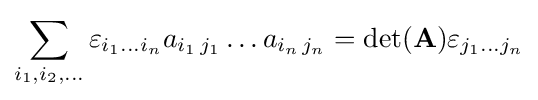
\sum _{i_{1},i_{2},\dots }\varepsilon _{i_{1}\dots i_{n}}a_{i_{1}\,j_{1}}\dots a_{i_{n}\,j_{n}}=\det(\mathbf {A} )\varepsilon _{j_{1}\dots j_{n}}